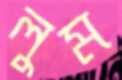
লুম